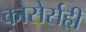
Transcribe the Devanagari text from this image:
कोसेर्सही